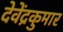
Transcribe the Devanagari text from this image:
देवेंद्रकुमार